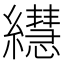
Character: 𦇀